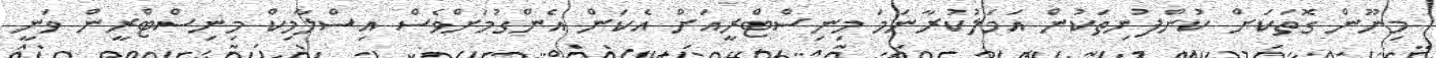
މިނޫން ގޮތަކަށް ކުންފުނިތަކުން އަމަލުކުރާނަމަ މިނިސްޓްރީއަށް އެކަން އެންގުމަށްވެސް އިސްލާމިކް މިނިސްޓްރީން ވަނީ